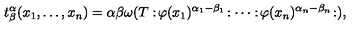
t _ { \beta } ^ { \alpha } ( x _ { 1 } , \ldots , x _ { n } ) = { \binom { \alpha } { \beta } } \omega ( T : \! \varphi ( x _ { 1 } ) ^ { \alpha _ { 1 } - \beta _ { 1 } } \! : \cdots : \! \varphi ( x _ { n } ) ^ { \alpha _ { n } - \beta _ { n } } \! : ) ,